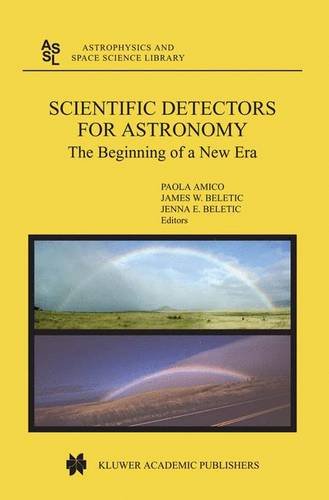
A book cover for Scientific Detectors for Astronomy: The Beginning of a New Era (Astrophysics and Space Science Library, Volume 300); Science & Math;